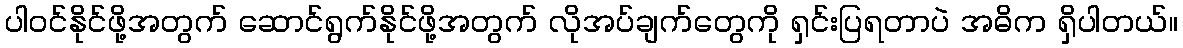
ပါဝင်နိုင်ဖို့အတွက် ဆောင်ရွက်နိုင်ဖို့အတွက် လိုအပ်ချက်တွေကို ရှင်းပြရတာပဲ အဓိက ရှိပါတယ်။